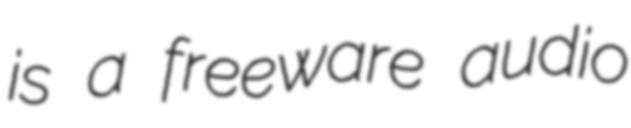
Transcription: is a freeware audio